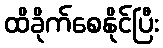
ထိခိုက်စေနိုင်ပြီး